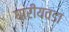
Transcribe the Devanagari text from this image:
घारीयवडा